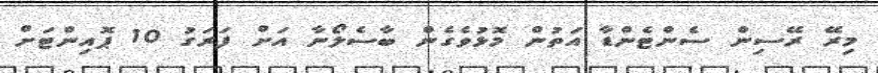
މިރޭ ރޭސިން ސެންޓެންޑާ އަތުން މޮޅުވެގެން ބާސެލޯނާ އަށް ފަރަގު 10 ޕޮއިންޓަށް